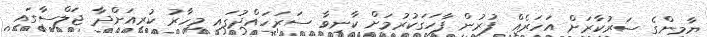
ޔާމީންގެ ސަރުކާރަށް އަހަރެއް ފުރުން ފާހަގަކުރުމަށް ކާނިވާ ސަރަހައްދުގައި މިހާރު ކުރިއަށްދާ ޖަލްސާގައި